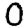
Digit: 0